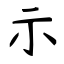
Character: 示